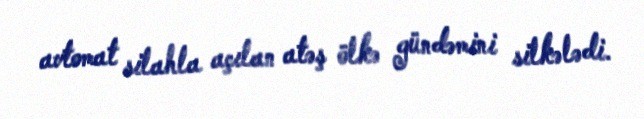
avtomat silahla açılan atəş ölkə gündəmini silkələdi.